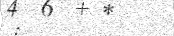
: